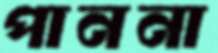
পাননা